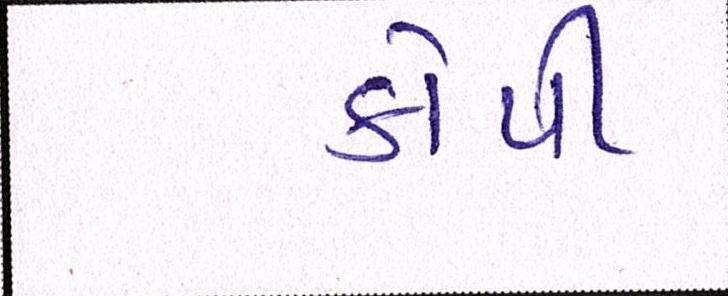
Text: કોપી